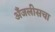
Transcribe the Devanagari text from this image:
अँजलीसचा